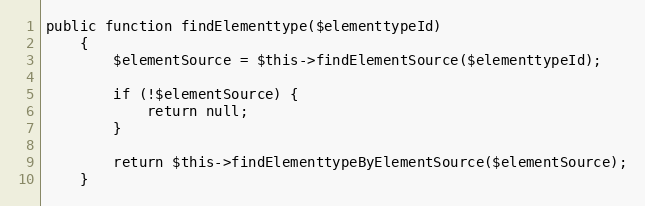
Language: PHP
public function findElementtype($elementtypeId)
    {
        $elementSource = $this->findElementSource($elementtypeId);

        if (!$elementSource) {
            return null;
        }

        return $this->findElementtypeByElementSource($elementSource);
    }